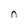
Character: n